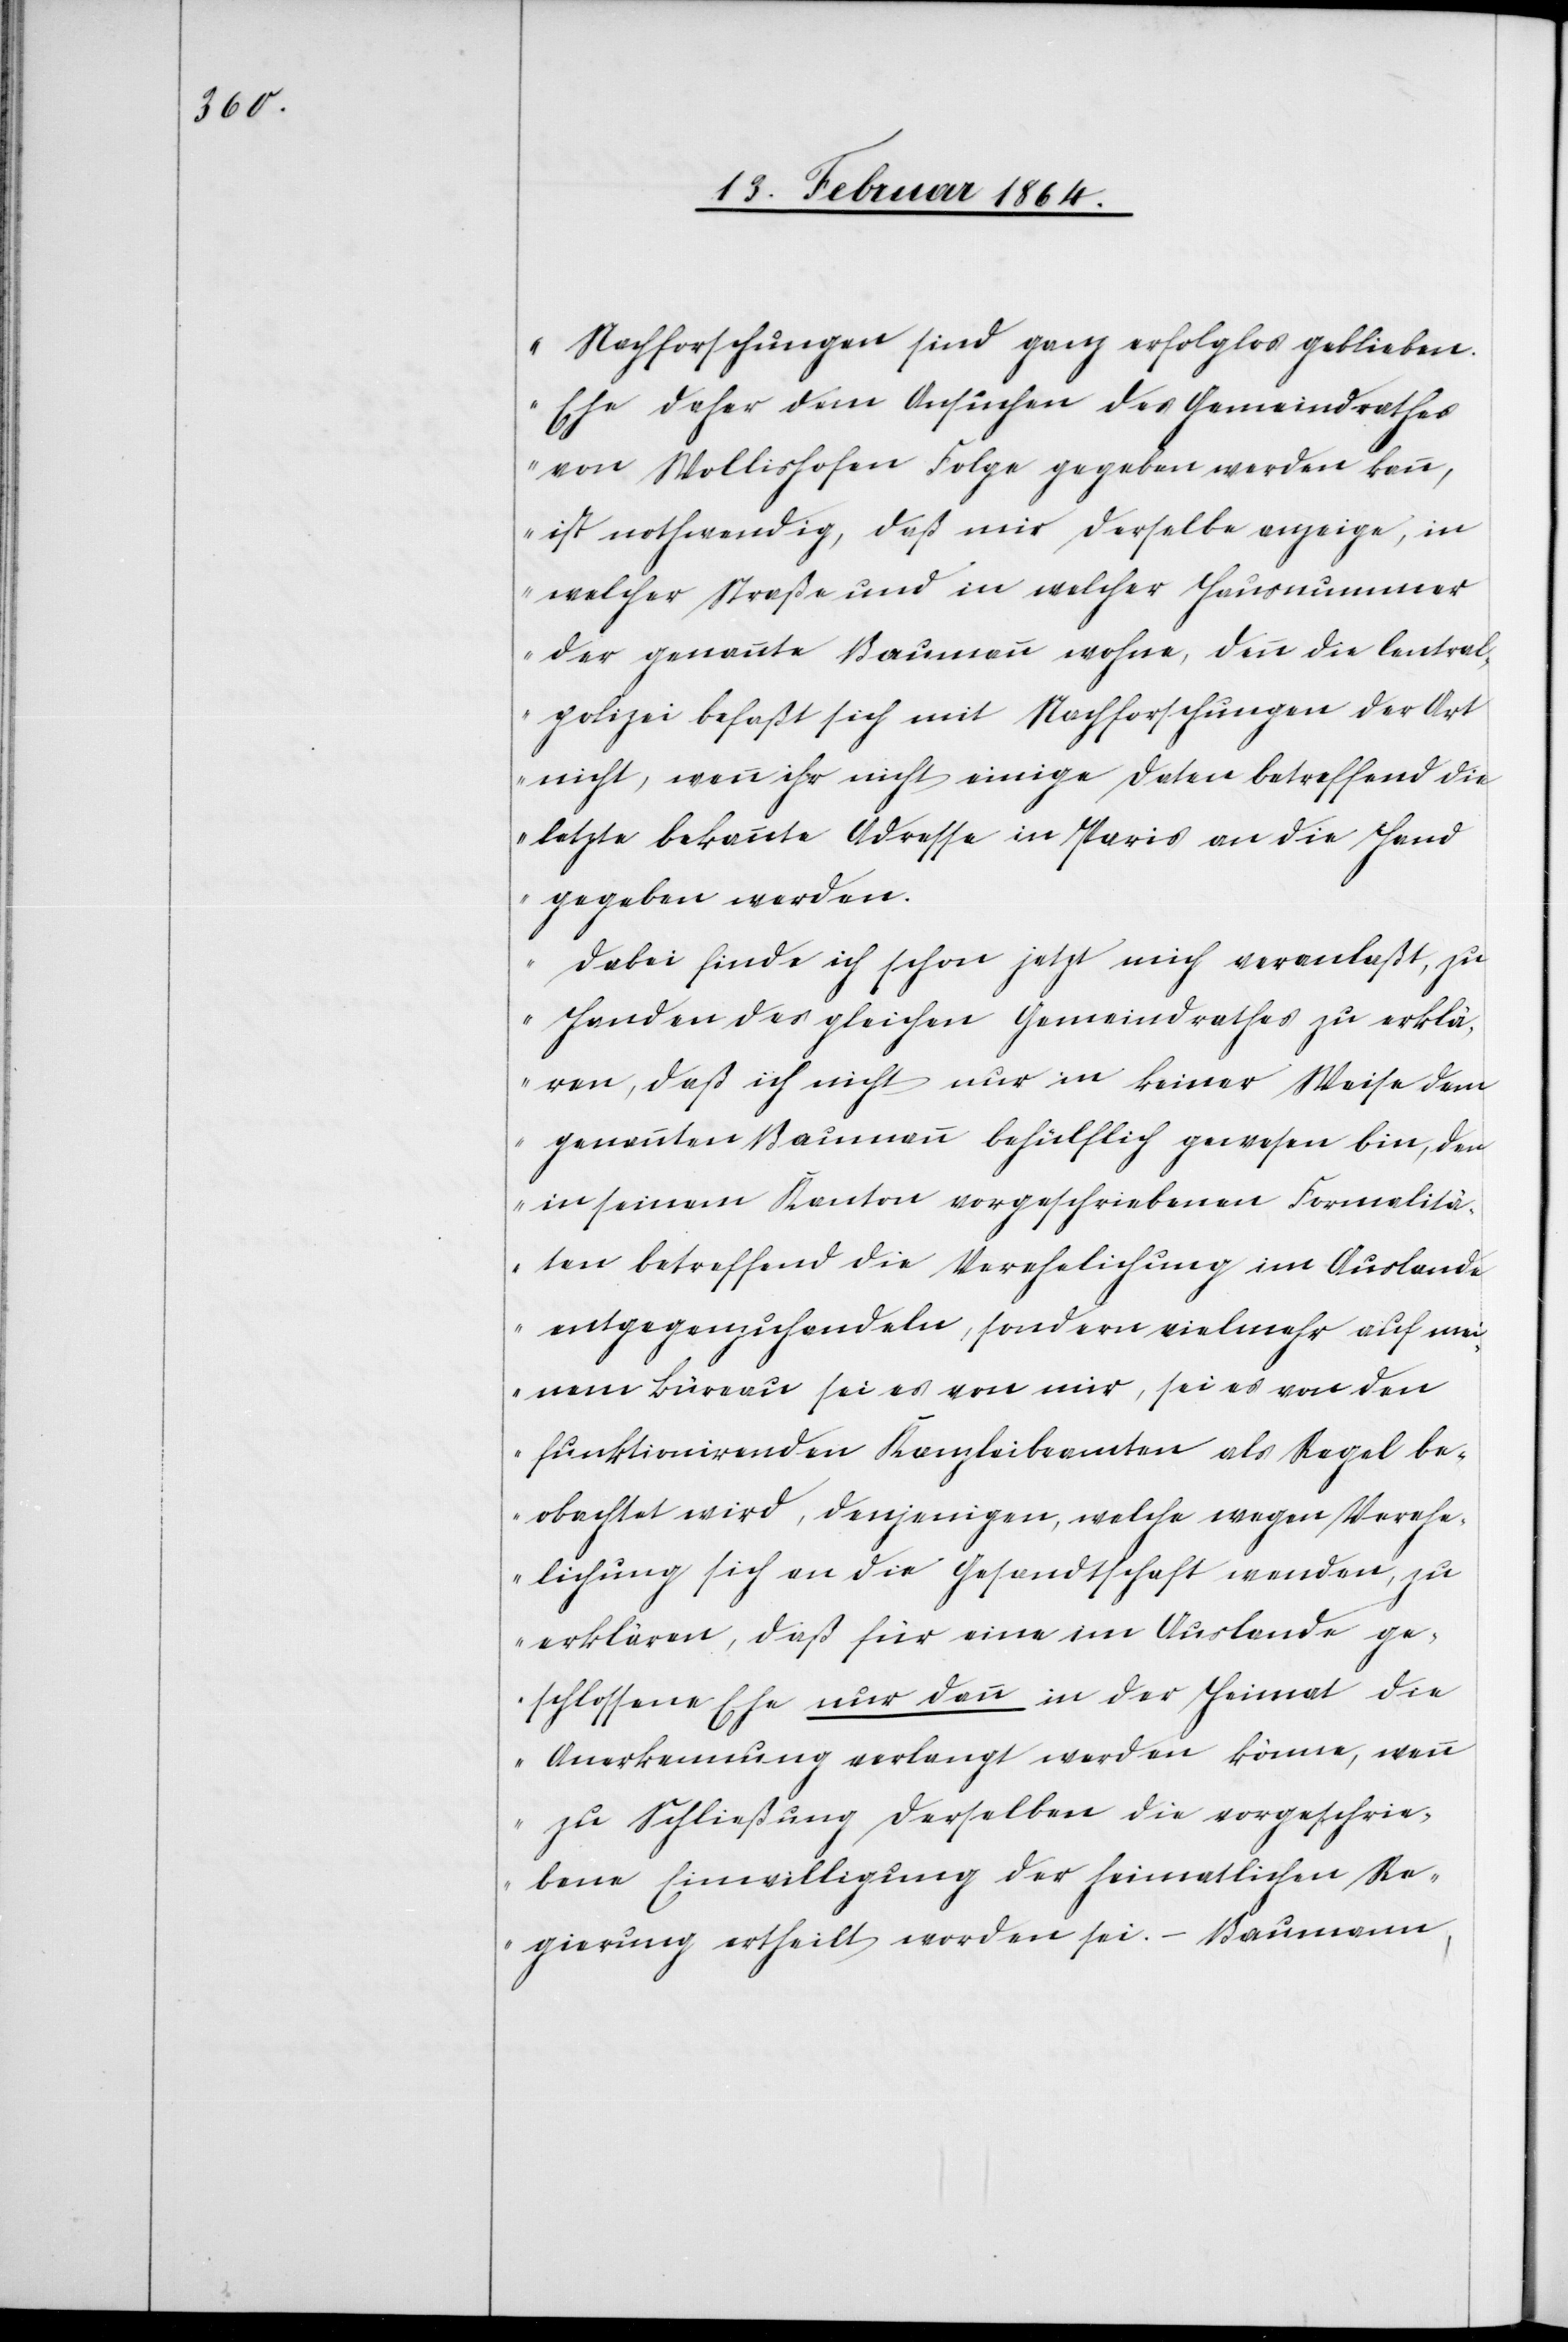
Nachforschungen sind ganz erfolglos geblieben.
Ehe daher dem Ansuchen des Gemeindrathes
von Wollishofen Folge gegeben werden kann,
ist nothwendig, daß mir derselbe anzeige, in
welcher Straße und in welcher Hausnummer
der genannte Baumann wohne, denn die Central¬
polizei befaßt sich mit Nachforschungen der Art
nicht, wenn ihr nicht einige Daten betreffend die
letzte bekannte Adresse in Paris an die Hand
gegeben werden.
Dabei finde ich schon jetzt mich veranlaßt, zu
Handen des gleichen Gemeindrathes zu erklä¬
ren, daß ich nicht nur in keiner Weise dem
genannten Baumann behülflich gewesen bin, den
in seinem Kanton vorgeschriebenen Formalitä¬
ten betreffend die Verehelichung im Auslande
entgegenzuhandeln, sondern vielmehr auf mei¬
nem Büreau sei es von mir, sei es von den
funktionirenden Kanzleibeamten als Regel be¬
obachtet wird, denjenigen, welche wegen Verehe¬
lichung sich an die Gesandtschaft wenden, zu
erklären, daß für eine im Auslande ge¬
schlossene Ehe nur dann in der Heimat die
Anerkennung verlangt werden könne, wenn
zu Schließung derselben die vorgeschrie¬
bene Einwilligung der heimatlichen Re¬
gierung ertheilt worden sei. – Baumann,